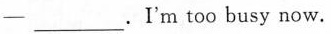
-_________.I'm too busy now.